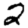
Digit: 2